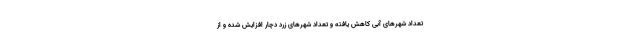
تعداد شهرهای آبی کاهش یافته و تعداد شهرهای زرد دچار افزایش شده و از